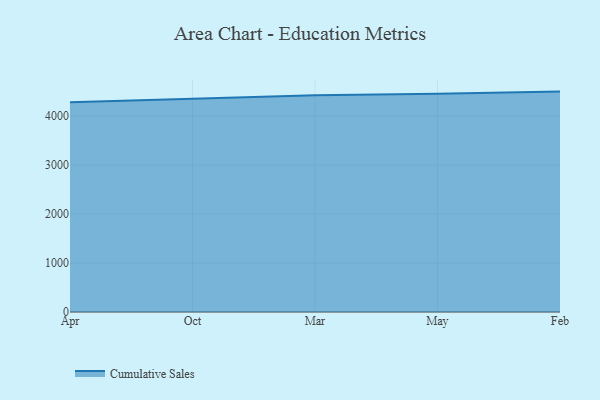
{"axis": {"x": "Month", "y": "Satisfaction Score"}, "legend": ["Cumulative Sales"], "data": [{"x": "Apr", "y": 4282.2, "type": "Cumulative Sales"}, {"x": "Oct", "y": 4359.0, "type": "Cumulative Sales"}, {"x": "Mar", "y": 4426.2, "type": "Cumulative Sales"}, {"x": "May", "y": 4457.6, "type": "Cumulative Sales"}, {"x": "Feb", "y": 4500.8, "type": "Cumulative Sales"}]}